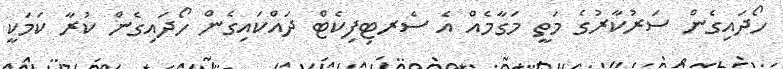
ހޯދައިގެން ސަރުކާރުގެ މަތީ މަގާމެއް އެ ސެރޓިފިކެޓް ދައްކައިގެން ހޯދައިގެން ކުރާ ކަމަކީ